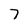
Character: 7